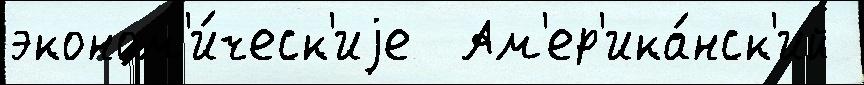
эконом'и́ческ'иjе  Ам'ер'ика́нск'ий